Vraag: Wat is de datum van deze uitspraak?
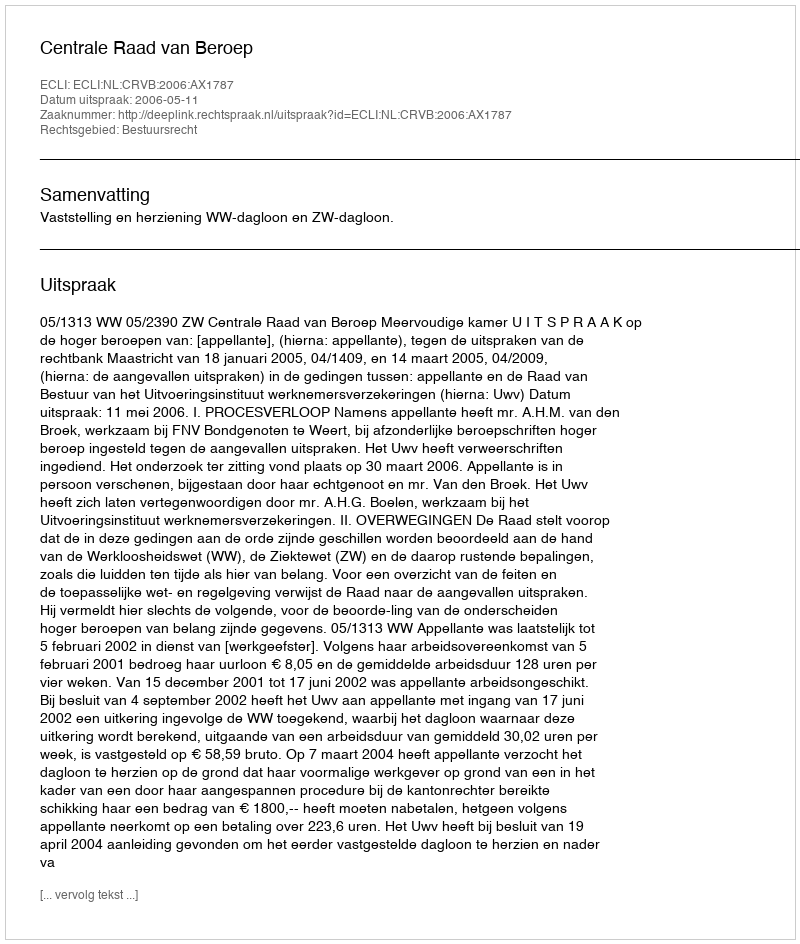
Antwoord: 2006-05-11